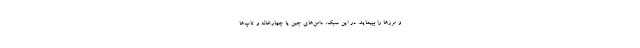
و مرزها را بپیماید. در این سبک، دامن‌های جین یا چهارخانه و تاپ‌ها